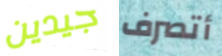
جيدين أتصرف